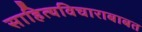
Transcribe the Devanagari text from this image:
साहित्यविचाराबाबत